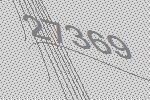
27369